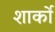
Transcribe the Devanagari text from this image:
शार्को